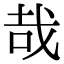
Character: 哉